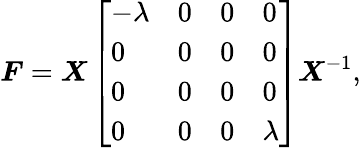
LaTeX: \boldsymbol{F}=\boldsymbol{X}\left[\begin{array}{llll}{-\lambda}&{0}&{0}&{0}\\ {0}&{0}&{0}&{0}\\ {0}&{0}&{0}&{0}\\ {0}&{0}&{0}&{\lambda}\end{array}\right]\boldsymbol{X}^{-1},